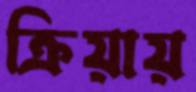
ক্রিয়ায়